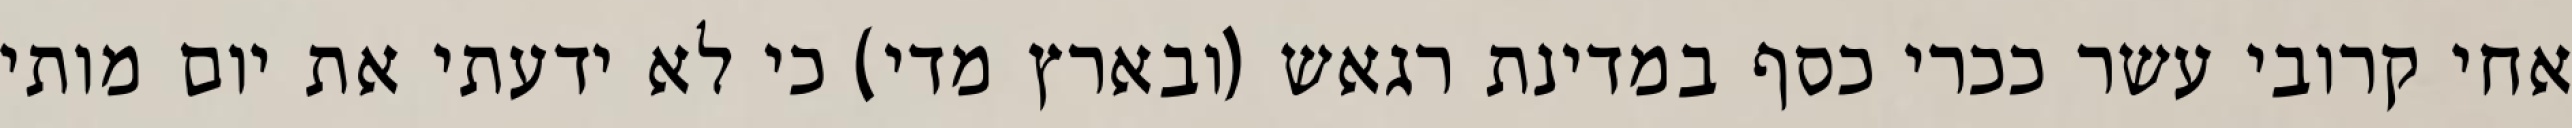
אחי קרובי עשר ככרי כסף במדינת רגאש (ובארץ מדי) כי לא ידעתי את יום מותי